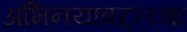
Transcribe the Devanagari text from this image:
अभिनयाबद्दलचा